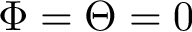
\Phi = \Theta = 0